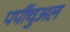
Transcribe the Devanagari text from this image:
पर्पीचुअल